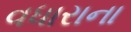
વધારાના